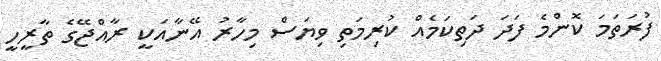
ފުރަތަމަ ކޮންމެ ފަދަ ދަތިކަމެއް ކުރިމަތި ވިޔަސް މިހާރު އޭނާއަކީ ރާއްޖޭގެ ތާރީހީ